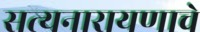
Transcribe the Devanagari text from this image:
सत्यनारायणाचे